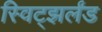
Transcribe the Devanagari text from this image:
स्विट्झर्लंड